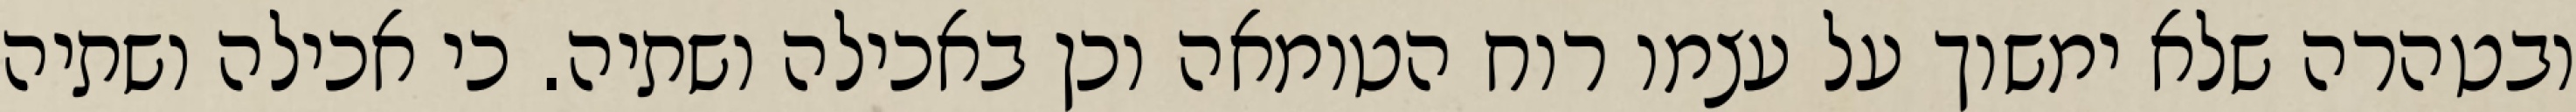
ובטהרה שלא ימשוך על עצמו רוח הטומאה וכן באכילה ושתיה. כי אכילה ושתיה